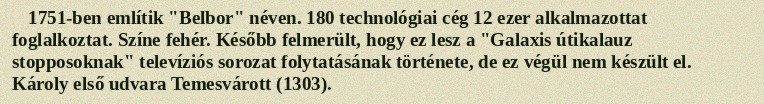
1751-ben említik "Belbor" néven. 180 technológiai cég 12 ezer alkalmazottat foglalkoztat. Színe fehér. Később felmerült, hogy ez lesz a "Galaxis útikalauz stopposoknak" televíziós sorozat folytatásának története, de ez végül nem készült el. Károly első udvara Temesvárott (1303).